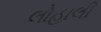
લોહાલી